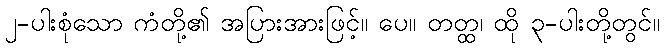
၂-ပါးစုံသော ကံတို့၏ အပြားအားဖြင့်။ ပေ။ တတ္ထ၊ ထို ၃-ပါးတို့တွင်။